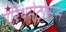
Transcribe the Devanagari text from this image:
एरिथमेटोसस